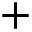
+